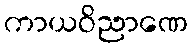
ကာယဝိညာဏေ